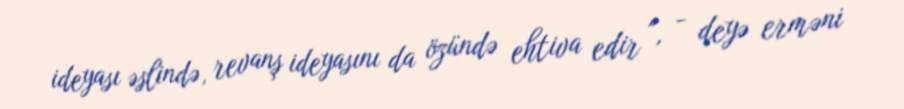
ideyası əslində, revanş ideyasını da özündə ehtiva edir ", - deyə erməni